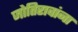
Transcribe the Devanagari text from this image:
जोतिरावांना